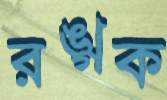
রঙ্গক